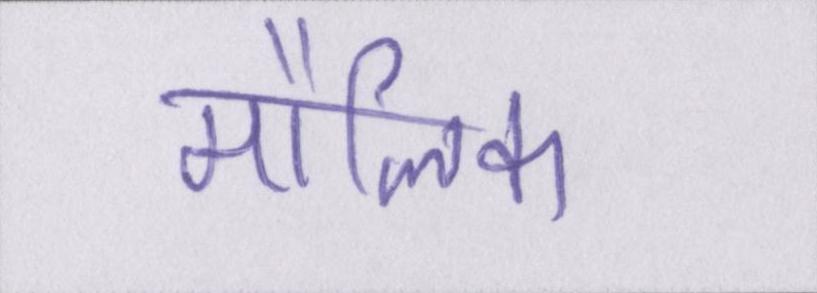
मौलिक